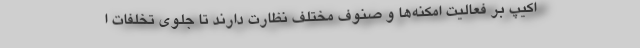
اکیپ بر فعالیت امکنه‌ها و صنوف مختلف نظارت دارند تا جلوی تخلفات ا